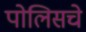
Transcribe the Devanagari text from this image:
पोलिसचे